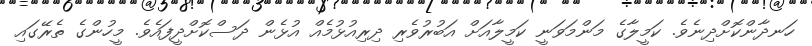
ހަނދާންކޮށްދިނެވެ. ކަމީލާގެ މަންމަވަނީ ކަމީލާއަށް އަބުރުވެރި ދިރިއުޅުމެއް އުޅެން ދަސްކޮށްދީފައެވެ. މީހުންގެ ތެރޭގައި